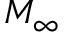
M _ { \infty }